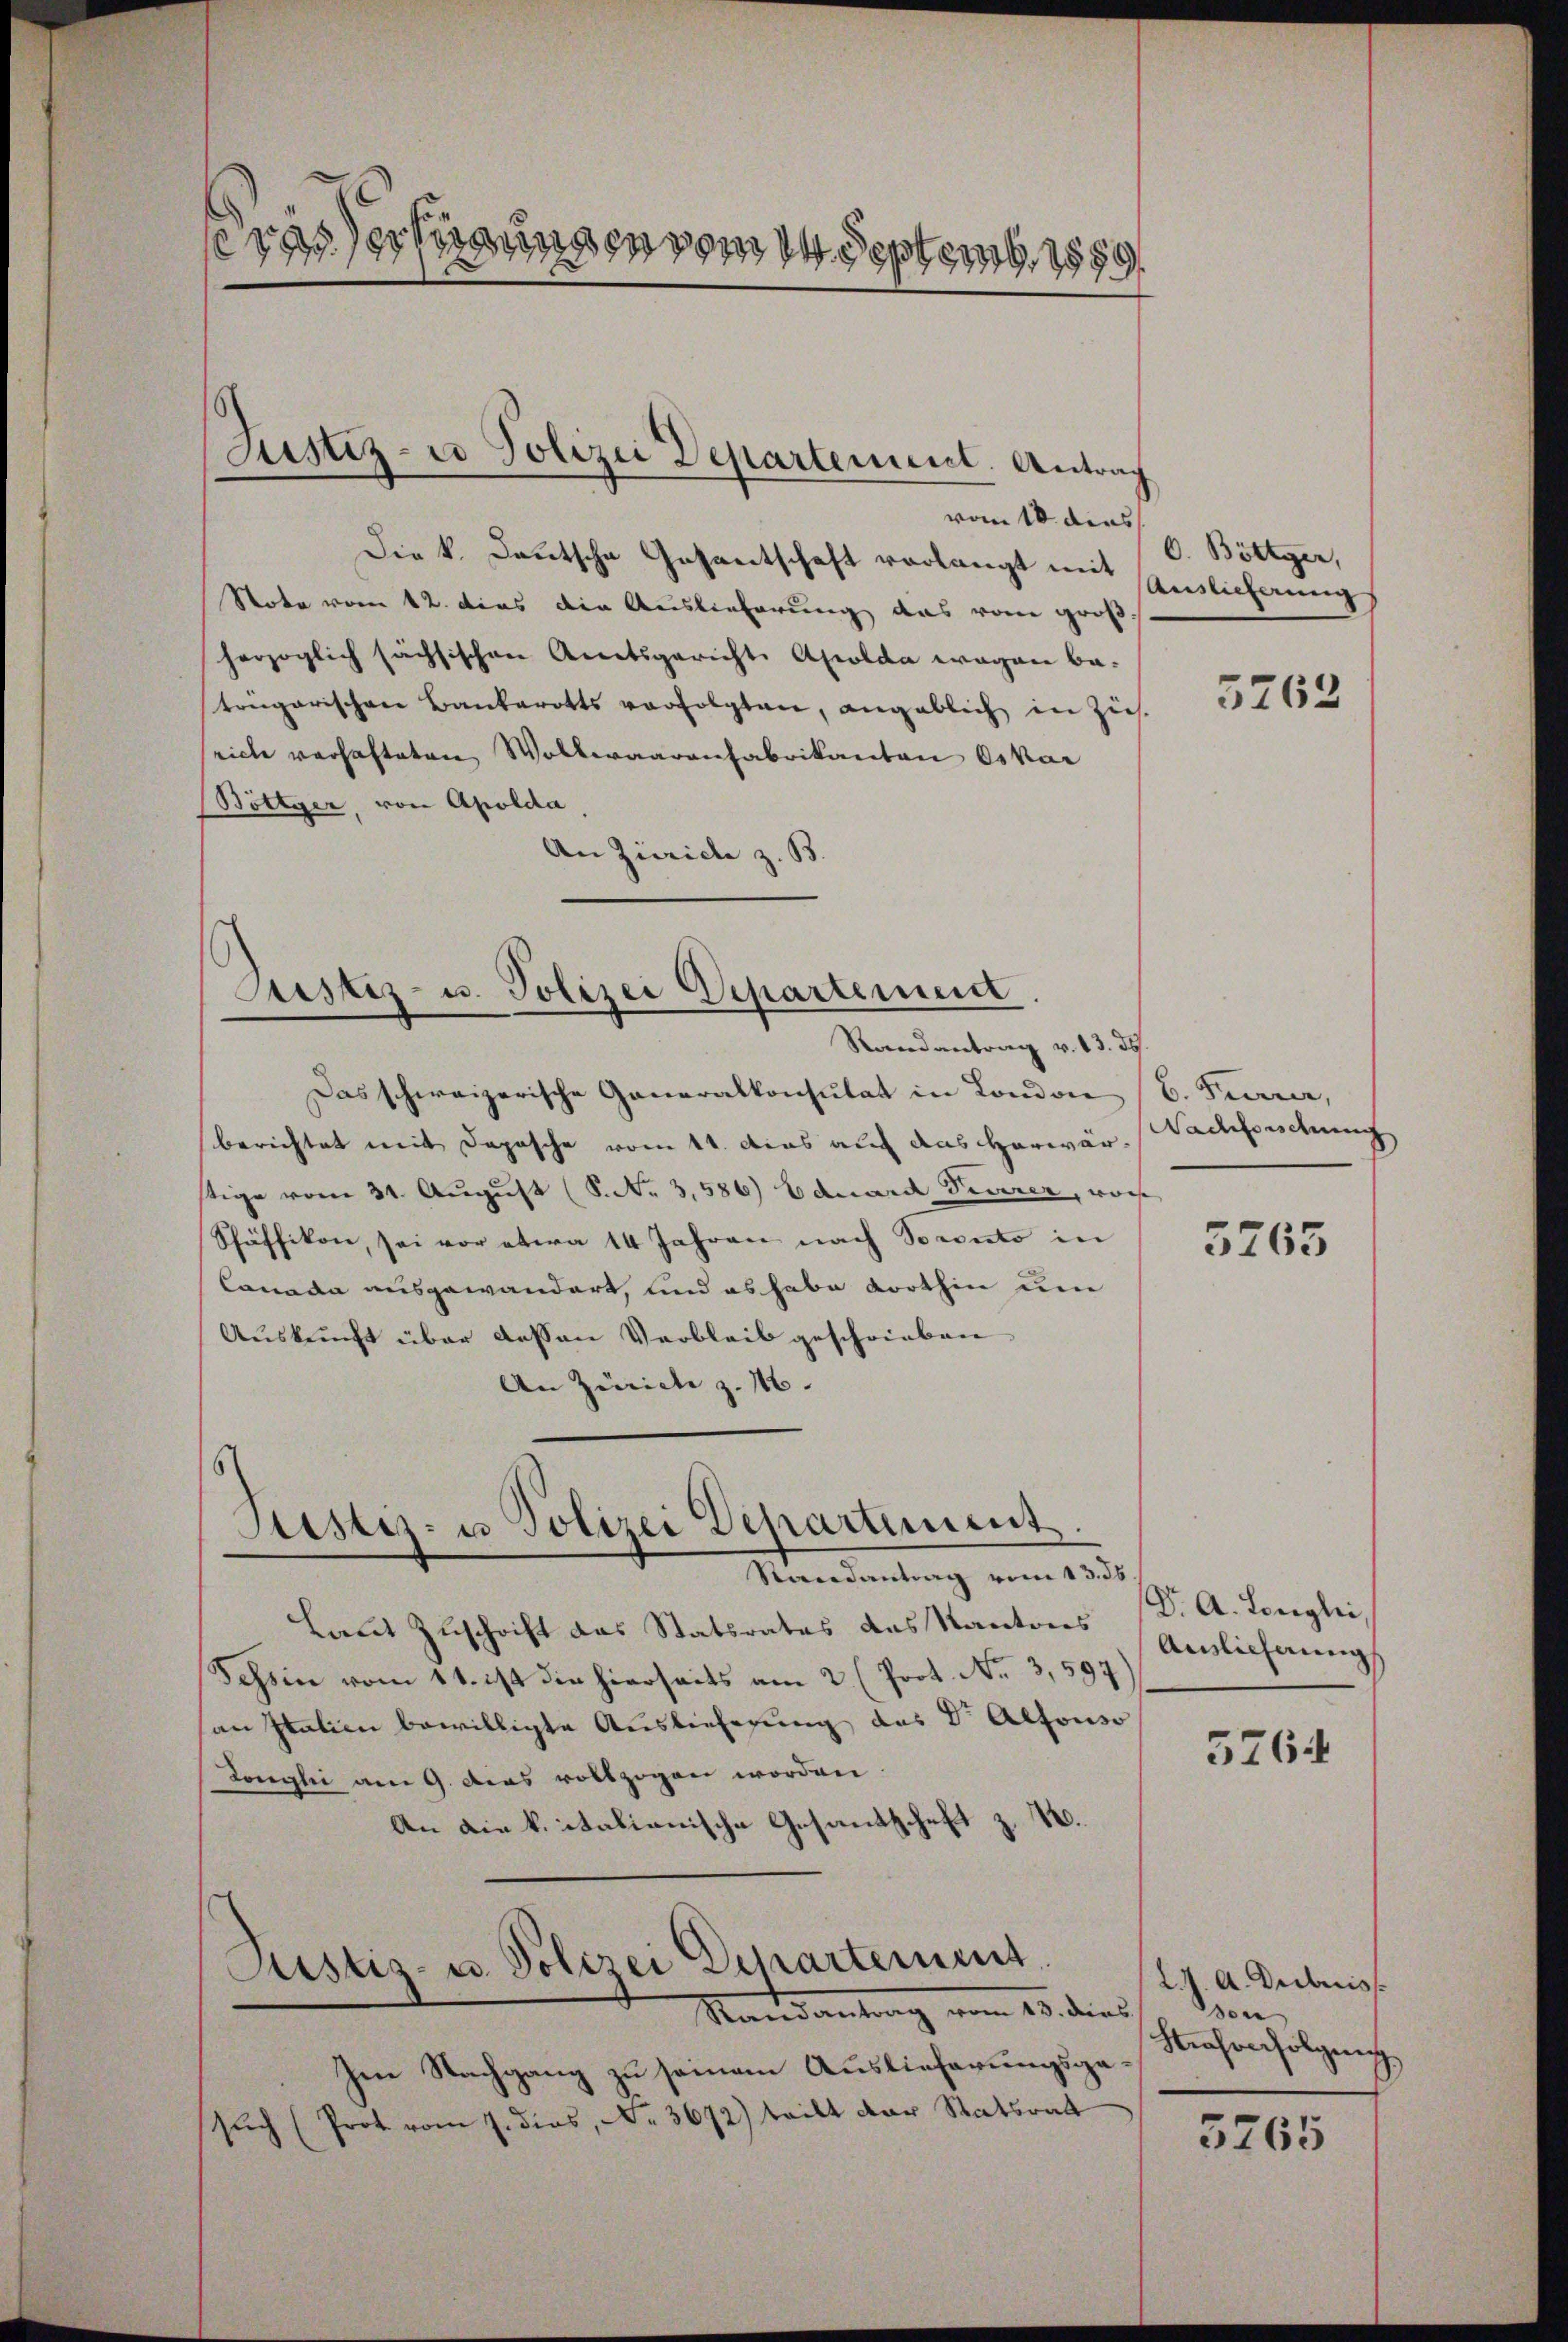
erasserungen vom in Septemb. 1889

Die k. Deutsche Gesantschaft verlangt mit Auslicherung
Note vom 12. dies die Auslieferung das vom groß
herzoglich sächsischen Anetsgericht. Apolda wegen be-
trngarischen Bankerotts verfolgten, angeblich in Zieh
rich verhafteten Wollwaarenfabrikanton Oskar
(Böttyer, von Apolda
An Zürich z. B.

Justiz- u Polizei Departement. Antrag

Justiz- u. Polizei Departement
Randantrag v. 13. ds

Das schweizerische Generalkonsulat in London (B. Furrer,
berichtet mit Depesche vom 11. das auf das Horwär-Nachforschung
stige vom 31. August (S. Nr. 3,586) Eduard Feuerer, wor
Schäffikon, sei vor etwa 14 Jahren nach Socento in
Canada ausgewandert, und es habe dorthin um
Auskunft über dessen Verbleib geschrieben
An Zürich z. 116.

vom 18. dies

Stister- u Polizei Departement
Randantrag vom 13. ds

Justiz- u. Polizei Departement
Randantrag vom 15. dies

Laut Zuschrift das Statsrates das Kantons
Schein vom 11. ist die hierseits am 2. (Prot. No 3,597)
an Italien bewilligte Auslieferung das V. Alfonso
Longli am 9. das vollzogen worden.
An die k. italionische Gesandschaft z. B.

Im Nachgang zu seinem Auslieferungsgasŭch (Prot vom 7. dies, Nr. 3672) tritt der Statsrat

O. Böttger,

5763

3265

Dr. A. Longlei
Auslicherung

5764

L. J. A. Dietriss
son
Strafenfolgung

5765